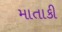
માતાકી